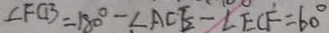
\angle F C B = 1 8 0 ^ { \circ } - \angle A C E - \angle E C F = 6 0 ^ { \circ }